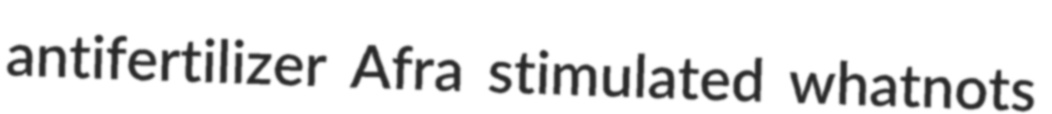
antifertilizer Afra stimulated whatnots